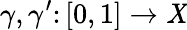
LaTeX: \gamma,\gamma^{\prime}\colon[0,1]\to\mathit{X}